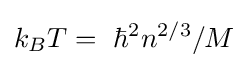
k_{B}T=~\hbar ^{2}n^{2/3}/M